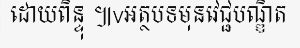
ដោយពិន្ទុ ៕vអត្ថបទមុនវេជ្ជបណ្ឌិត